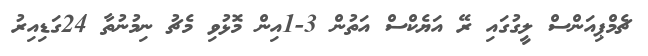
ޗެމްޕިއަންސް ލީގުގައި ރޭ އަޔެކްސް އަތުން 3-1އިން މޮޅުވި މެޗު ނިމުނުތާ 24ގަޑިއިރު